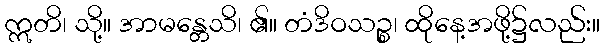
ဣတိ၊ သို့။ အာမန္တေသိ၊ ၏။ တံဒိဝသဉ္စ၊ ထိုနေ့အဖို့၌လည်း။